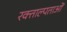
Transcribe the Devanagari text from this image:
रक्ताल्पताओं